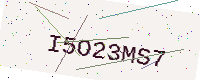
Text: I5O23MS7